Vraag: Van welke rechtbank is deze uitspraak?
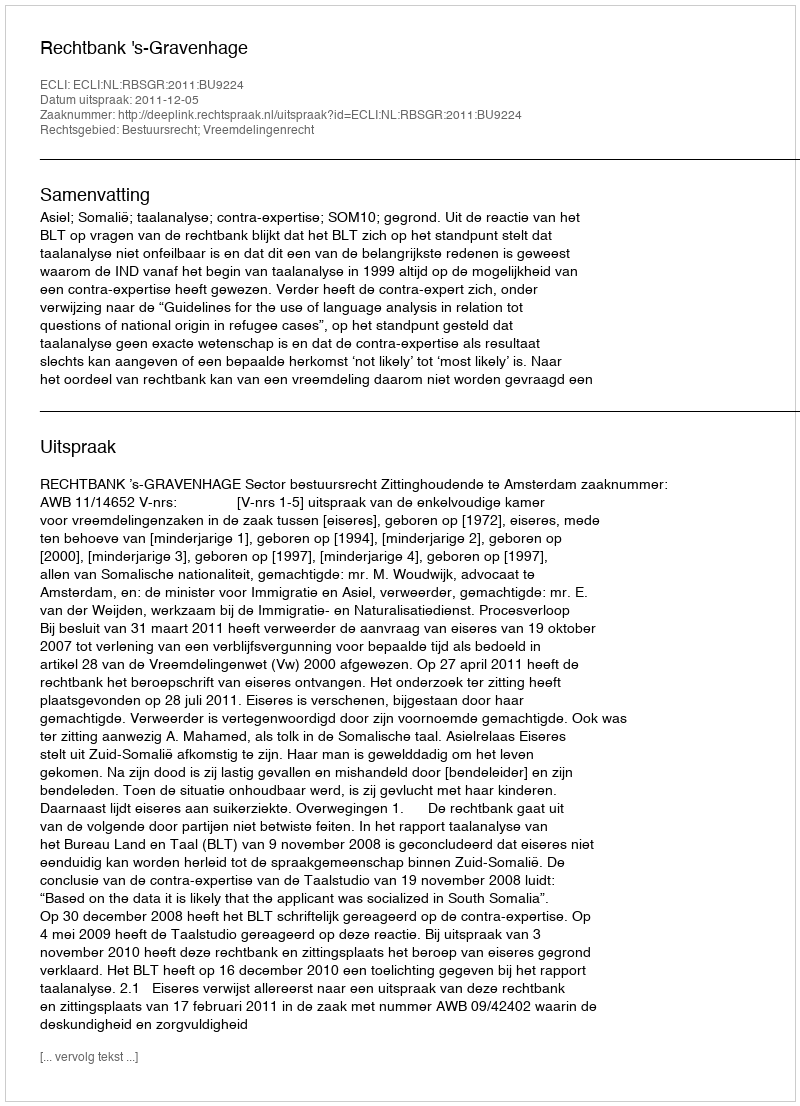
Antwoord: Rechtbank 's-Gravenhage